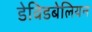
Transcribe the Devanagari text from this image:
डेविडबेलियन